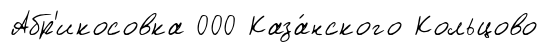
Абр'икосовка 000 Каза́нского Кольцово